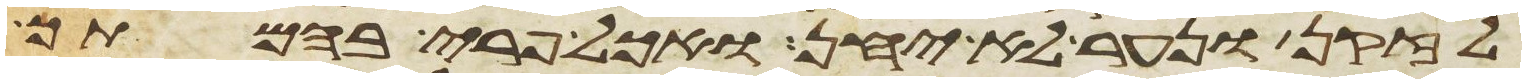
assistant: לזקן ונער לא יחן ואכל פרי בהמתך